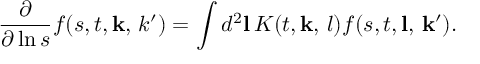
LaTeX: \frac { \partial } { \partial \ln s } f ( s , t , { \mathbf k , \, k ^ { \prime } } ) = \int d ^ { 2 } { \mathbf l } \, { \cal K } ( t , { \mathbf k , \, l } ) f ( s , t , \mathbf { l , \, k ^ { \prime } } ) .